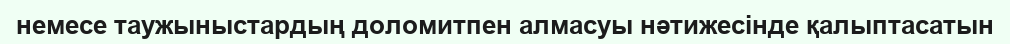
немесе таужыныстардың доломитпен алмасуы нәтижесінде қалыптасатын